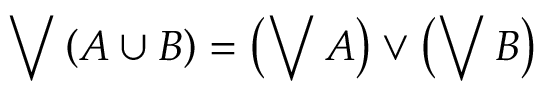
\bigvee \left( A \cup B \right) = \left( \bigvee A \right) \vee \left( \bigvee B \right)